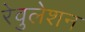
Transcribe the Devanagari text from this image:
रेवुलेशन